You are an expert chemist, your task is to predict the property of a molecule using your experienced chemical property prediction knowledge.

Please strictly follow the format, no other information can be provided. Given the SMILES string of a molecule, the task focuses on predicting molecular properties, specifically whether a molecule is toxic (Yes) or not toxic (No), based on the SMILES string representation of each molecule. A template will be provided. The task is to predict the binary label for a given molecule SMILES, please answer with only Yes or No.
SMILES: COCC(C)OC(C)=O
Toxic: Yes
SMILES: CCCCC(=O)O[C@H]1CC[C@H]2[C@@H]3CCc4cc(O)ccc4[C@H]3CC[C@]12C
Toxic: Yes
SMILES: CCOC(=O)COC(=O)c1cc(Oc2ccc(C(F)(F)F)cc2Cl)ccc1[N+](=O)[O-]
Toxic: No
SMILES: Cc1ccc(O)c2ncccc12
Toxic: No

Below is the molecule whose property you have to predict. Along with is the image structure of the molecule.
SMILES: C[C@]12CC[C@H]3[C@@H](CCC4=CC(=O)CC[C@@]43C)[C@@H]1CC[C@H]2O
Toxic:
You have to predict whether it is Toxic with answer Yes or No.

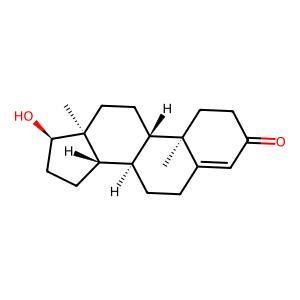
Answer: Yes